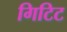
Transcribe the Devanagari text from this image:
गिटिट